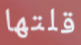
قلتها